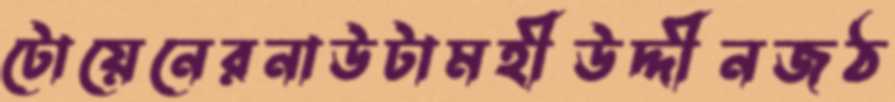
টোয়েনেরনাউটামহীউদ্দীনজঠ